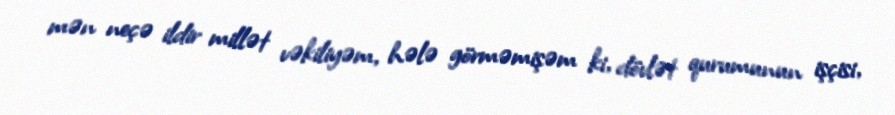
mən neçə ildir millət vəkiliyəm, hələ görməmişəm ki, dövlət qurumunun işçisi,